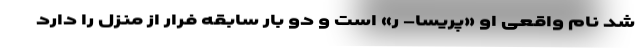
شد نام واقعی او «پریسا- ر» است و دو بار سابقه فرار از منزل را دارد